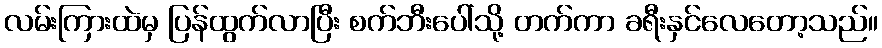
လမ်းကြားထဲမှ ပြန်ထွက်လာပြီး စက်ဘီးပေါ်သို့ တက်ကာ ခရီးနှင်လေတော့သည်။